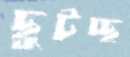
ছুটচ্ছ